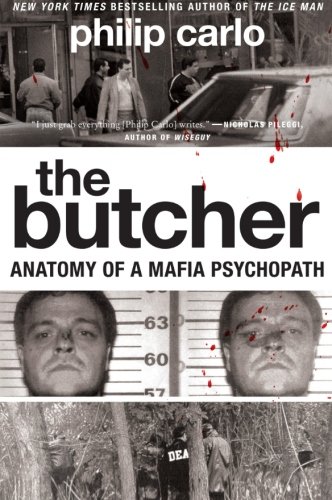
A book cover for The Butcher: Anatomy of a Mafia Psychopath; Philip Carlo; Biographies & Memoirs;